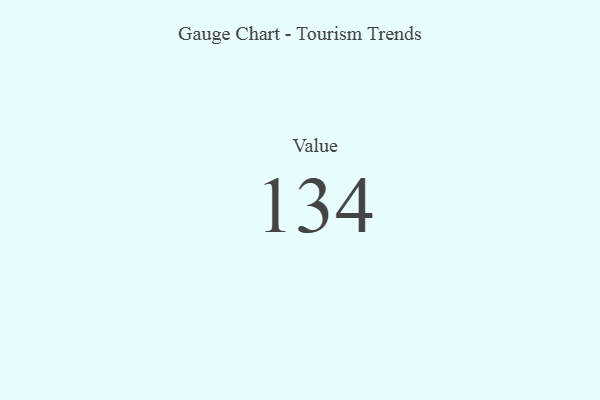
{"axis": {"x": "Metric", "y": "Value"}, "legend": [""], "data": [{"x": "Value", "y": 134, "type": ""}]}